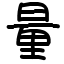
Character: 量